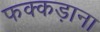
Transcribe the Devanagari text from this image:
फक्‍कड़ाना